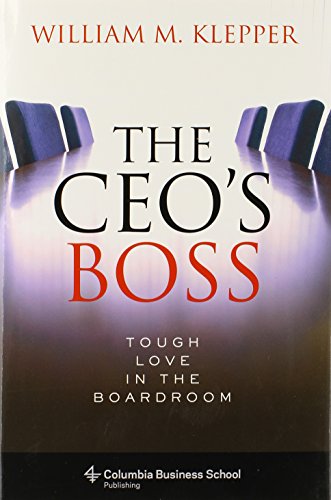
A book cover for The CEO's Boss: Tough Love in the Boardroom (Columbia Business School Publishing); William M. Klepper; Business & Money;